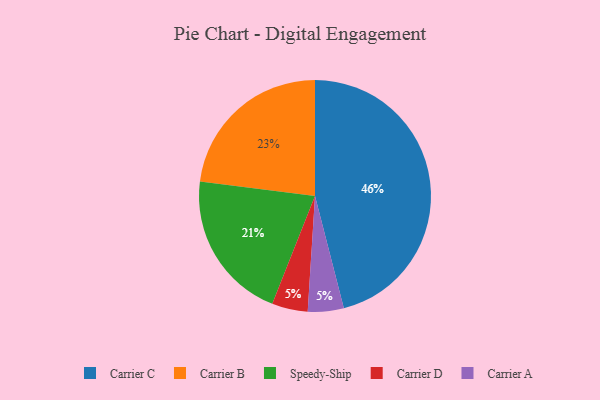
{"axis": {"x": "Category", "y": "Percentage"}, "legend": ["Carrier A", "Carrier B", "Carrier C", "Carrier D", "Speedy-Ship"], "data": [{"x": "Carrier B", "y": 23, "type": "Carrier B"}, {"x": "Carrier C", "y": 46, "type": "Carrier C"}, {"x": "Carrier D", "y": 5, "type": "Carrier D"}, {"x": "Speedy-Ship", "y": 21, "type": "Speedy-Ship"}, {"x": "Carrier A", "y": 5, "type": "Carrier A"}]}